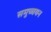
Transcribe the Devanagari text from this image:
समुच्चयन